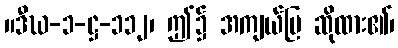
။ဒီဃ-၁-ဋ္ဌ-၁၁၂၊ ဤ၌ အကျယ်ပြ ဆိုထား၏၊